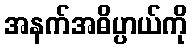
အနက်အဓိပ္ပာယ်ကို